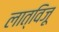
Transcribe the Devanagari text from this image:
लात्विजू